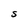
Character: S